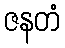
ဇနတံ